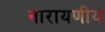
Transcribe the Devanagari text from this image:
नारायणीय